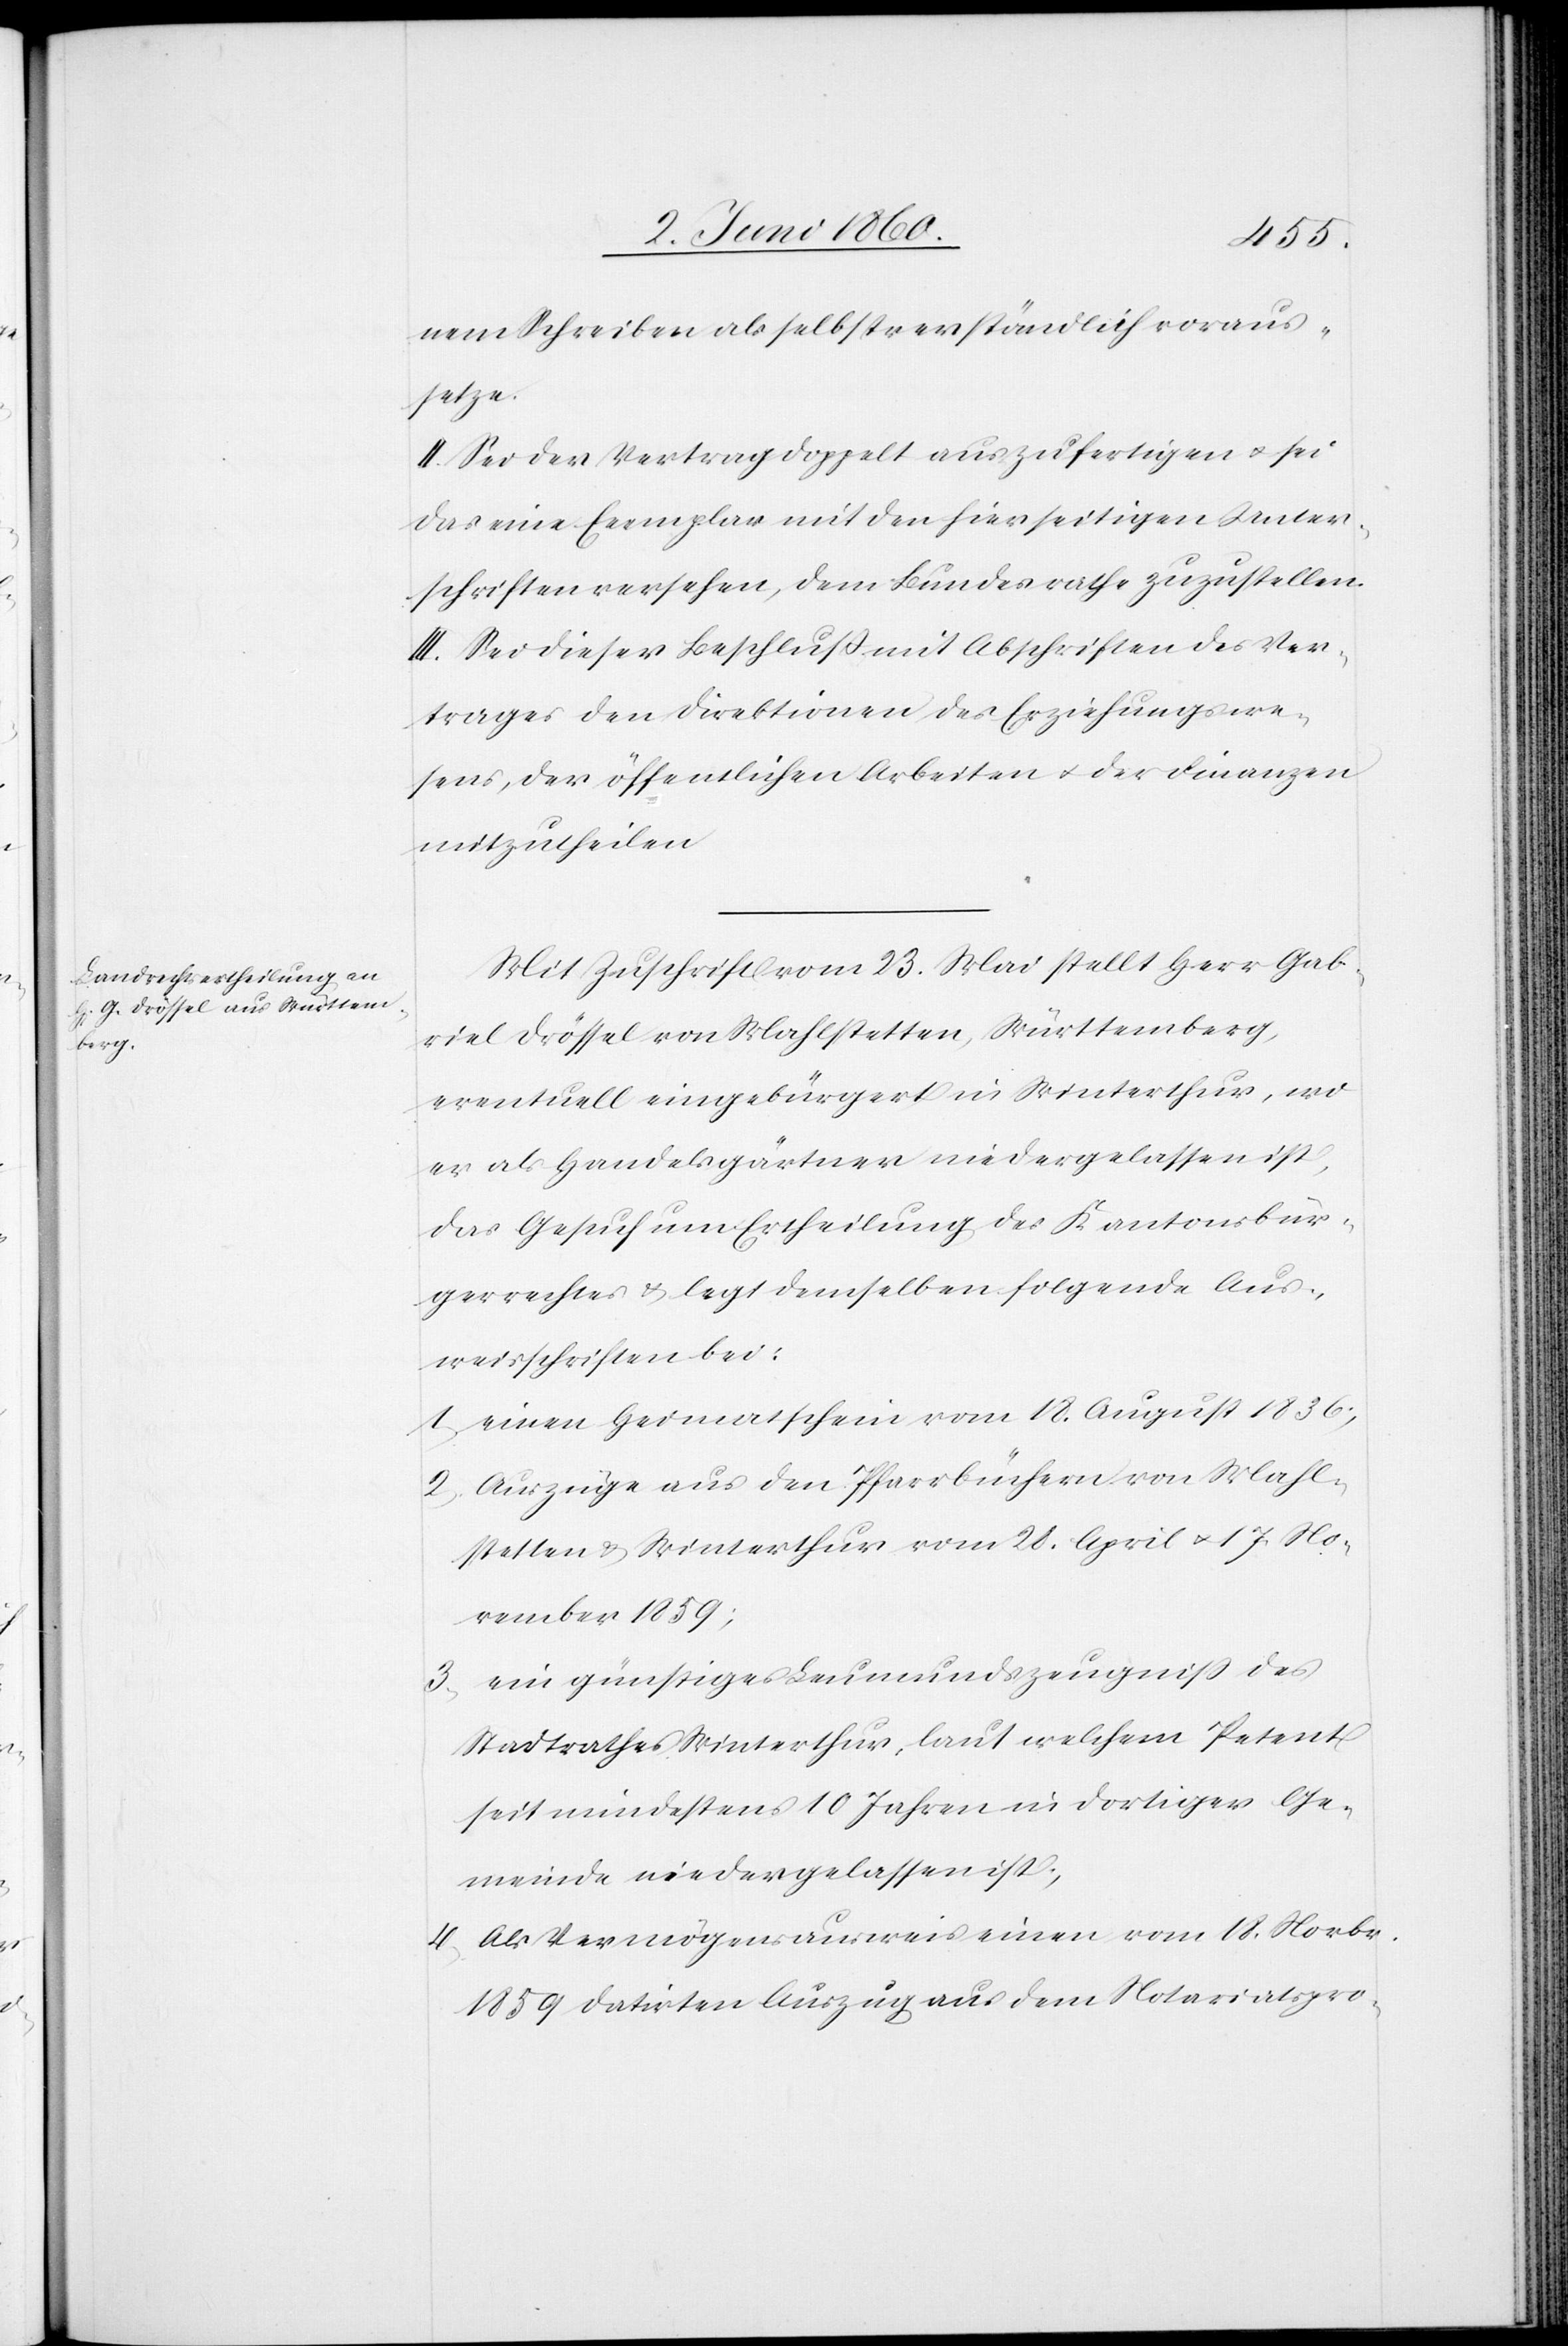
nem Schreiben als selbstverständlich voraus¬
setze.
II. Sei der Vertrag doppelt auszufertigen u. sei
das eine Exemplar mit den hierseitigen Unter¬
schriften versehen, dem Bundesrathe zuzustellen.
II. Sei dieser Beschluss mit Abschriften des Ver¬
trages den Direktionen des Erziehungswe¬
sens, der öffentlichen Arbeiten u. der Finanzen
mitzutheilen.
Mit Zuschrift vom 23. Mai stellt Herr Gab¬
riel Drössel von Mahlstetten, Württemberg,
eventuell eingebürgert in Winterthur, wo
er als Handelsgärtner niedergelassen ist,
das Gesuch um Ertheilung des Kantonsbür¬
gerrechtes u. legt demselben folgende Aus¬
weisschriften bei:
1.) einen Heimatschein vom 18. August 1836;
2) Auszüge aus den Pfarrbüchern von Mahl¬
stetten u. Winterthur vom 28. April u. 17. No¬
vember 1859;
3) ein günstiges Leumundszeugniss des
Stadtrathes Winterthur, laut welchem Petent
seit mindestens 10 Jahren in dortiger Ge¬
meinde niedergelassen ist;
4) Als Vermögensausweis einen vom 18. November
1859 datirten Auszug aus dem Notariatspro-